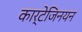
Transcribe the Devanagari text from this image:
कार्टेजिनयन